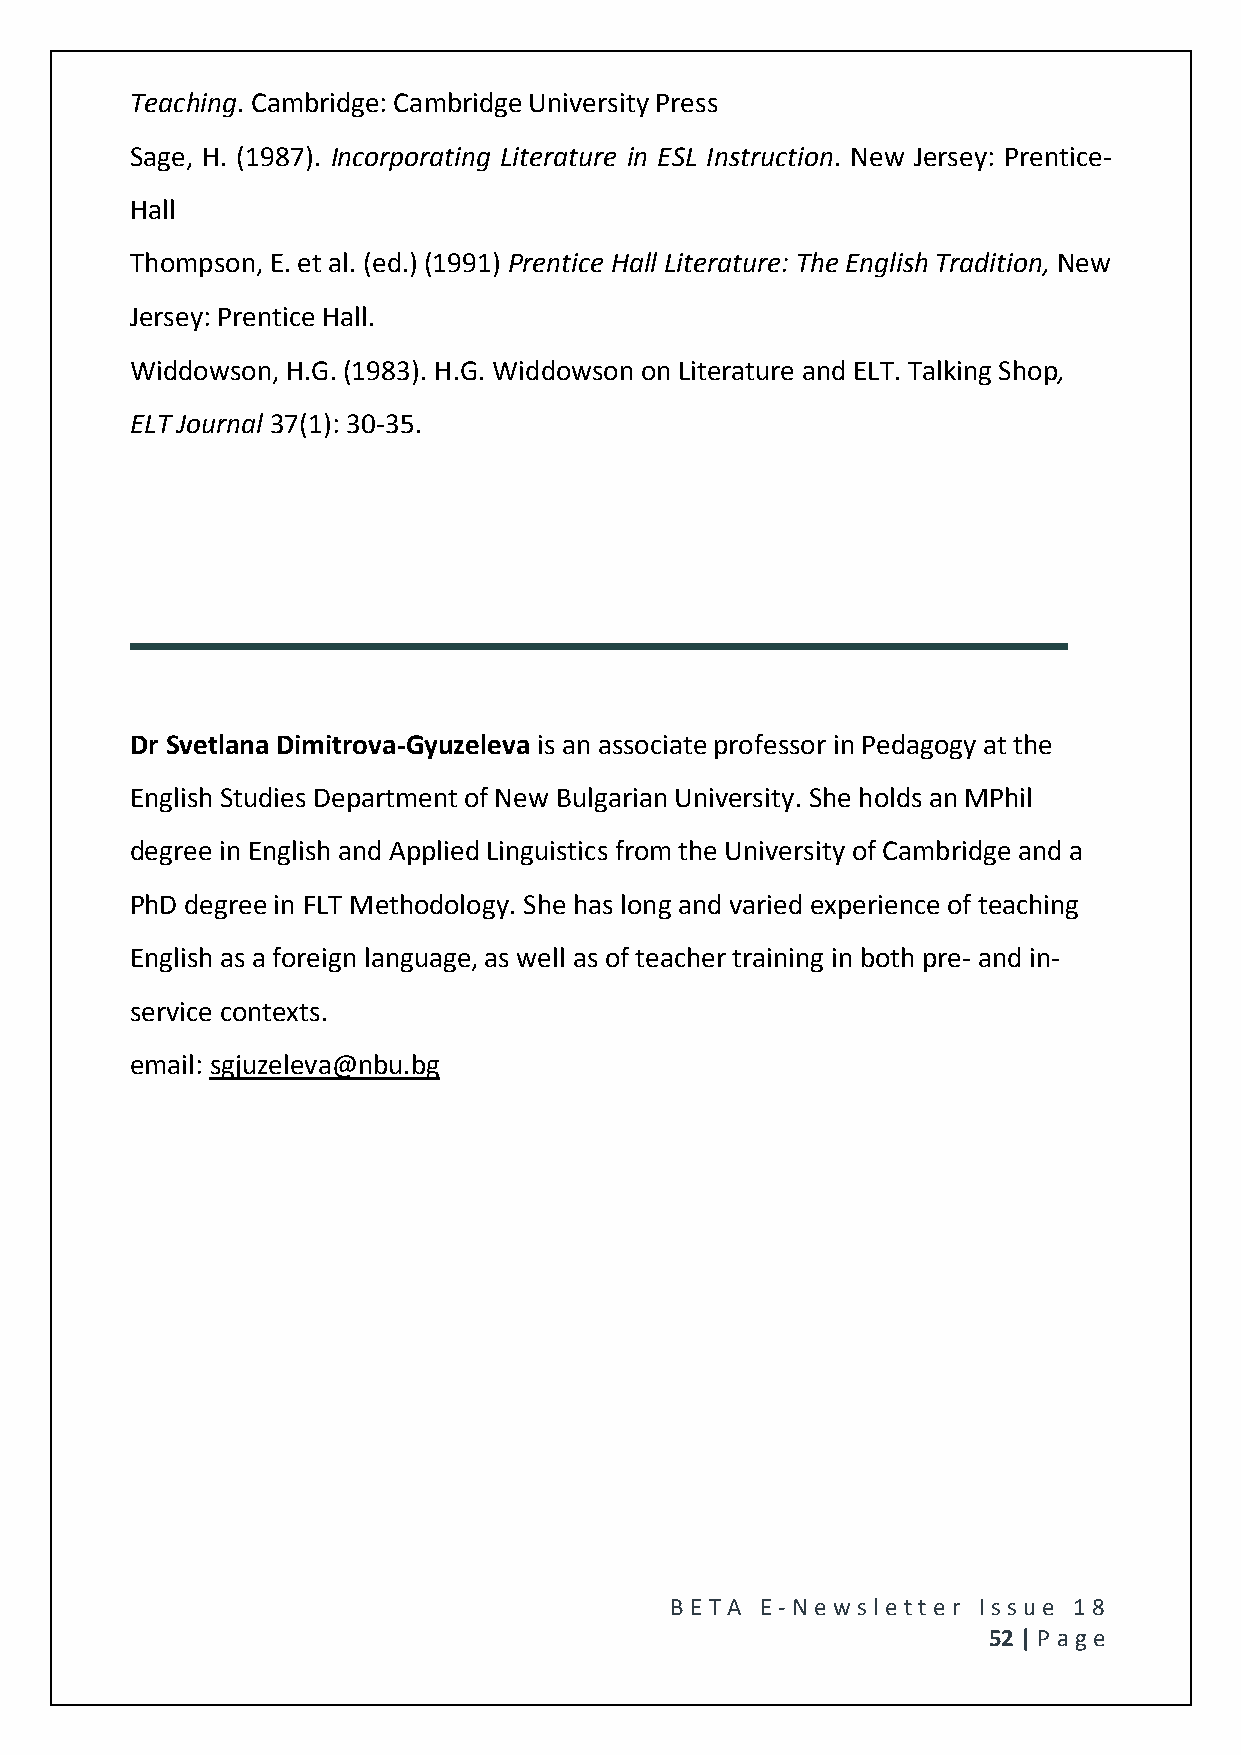
Teaching. Cambridge: Cambridge University Press
 Sage, H. (1987). Incorporating Literature in ESL Instruction. New Jersey: Prentice-
 Hall
 Thompson, E. et al. (ed.) (1991) Prentice Hall Literature: The English Tradition, New
 Jersey: Prentice Hall.
 Widdowson, H.G. (1983). H.G. Widdowson on Literature and ELT. Talking Shop,
 ELT Journal 37(1): 30-35.
 Dr Svetlana Dimitrova-Gyuzeleva is an associate professor in Pedagogy at the
 English Studies Department of New Bulgarian University. She holds an MPhil
 degree in English and Applied Linguistics from the University of Cambridge and a
 PhD degree in FLT Methodology. She has long and varied experience of teaching
 English as a foreign language, as well as of teacher training in both pre- and in-
 service contexts.
 email: sgjuzeleva@nbu.bg
 BE T A E -N e wsle tt e r Issue 18
 52 | P age